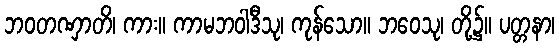
ဘဝတဏှာတိ၊ ကား။ ကာမဘဝါဒီသု၊ ကုန်သော။ ဘဝေသု၊ တို့၌။ ပတ္တနာ၊